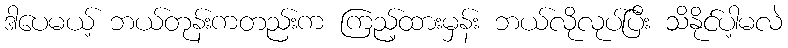
ဒါပေမယ့် ဘယ်တုန်းကတည်းက ကြည့်ထားမှန်း ဘယ်လိုလုပ်ပြီး သိနိုင်ပါ့မလဲ